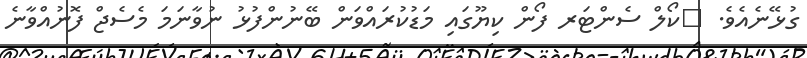
ގުޅޭނެއެވެ. 	ކޯލް ސެންޓަރ ފޯން ކިޔޫގައި މަޑުކުރައްވަން ބޭނުންފުޅު ނުވާނަމަ މެސެޖް ފޮނުއްވާނެ